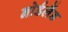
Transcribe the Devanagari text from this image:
नोर्डलैंड